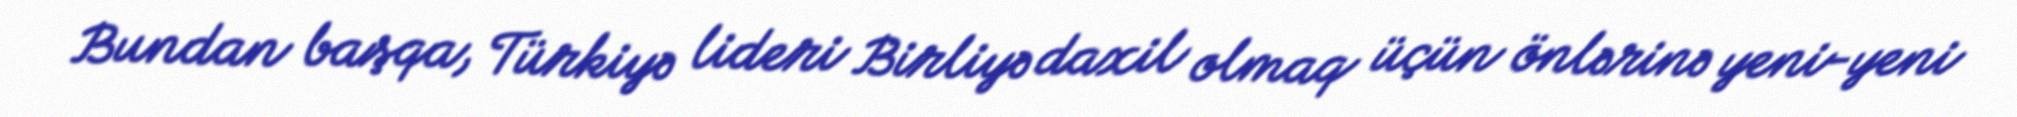
Bundan başqa, Türkiyə lideri Birliyə daxil olmaq üçün önlərinə yeni-yeni